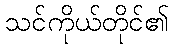
သင်ကိုယ်တိုင်၏